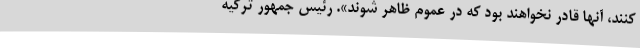
کنند، آنها قادر نخواهند بود که در عموم ظاهر شوند». رئیس جمهور ترکیه